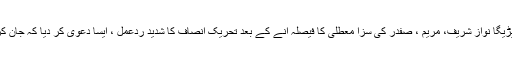
لوٹ کر واپس جیل میں ہی آنا پڑیگا نواز شریف، مریم ، صفدر کی سزا معطلی کا فیصلہ آنے کے بعد تحریک انصاف کا شدید ردعمل ، ایسا دعویٰ کر دیا کہ جان کر ن لیگی پریشان ہو جائیں گے